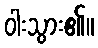
ဝါးသွား၏။